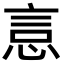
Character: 悥